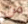
من